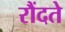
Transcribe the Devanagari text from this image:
रौंदते